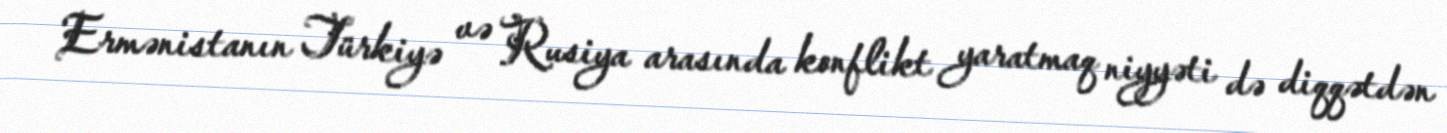
Ermənistanın Türkiyə və Rusiya arasında konflikt yaratmaq niyyəti də diqqətdən